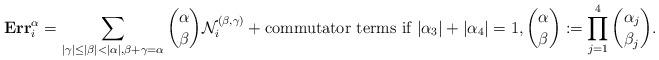
LaTeX: \begin{align*} \mathbf{Err}_{i}^{\alpha}= \sum_{|\gamma|\leq |\beta|< |\alpha|, \beta +\gamma =\alpha} { \alpha \choose \beta}\mathcal{N}^{(\beta,\gamma)}_{i} + \textup{commutator terms if $|\alpha_3|+|\alpha_4|=1$},{ \alpha \choose \beta} := \prod_{j=1}^4{ \alpha_j \choose \beta_j}. \end{align*}